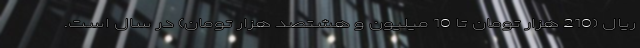
ریال (210 هزار تومان تا 10 میلیون و هشتصد هزار تومان) در سال است.